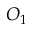
O _ { 1 }